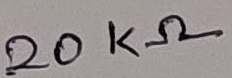
Text: 20KΩ